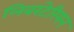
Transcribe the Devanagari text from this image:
लिबरटेरियन